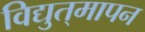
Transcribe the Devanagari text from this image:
विद्युत्‌मापन